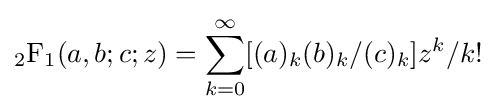
{_{2}{\text{F}}_{1}}(a,b;c;z)=\sum _{k=0}^{\infty }[(a)_{k}(b)_{k}/(c)_{k}]z^{k}/k!